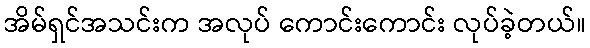
အိမ်ရှင်အသင်းက အလုပ် ကောင်းကောင်း လုပ်ခဲ့တယ်။